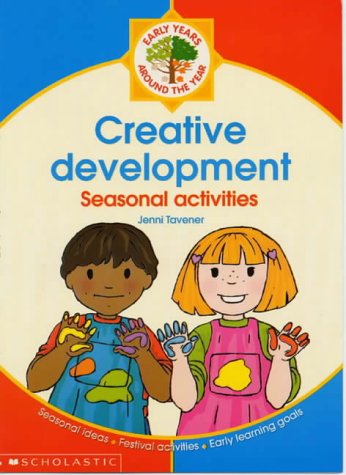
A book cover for Creative Development (Around the Year); Jenni Tavener; Children's Books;